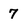
Character: 7